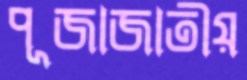
পূজাজাতীয়